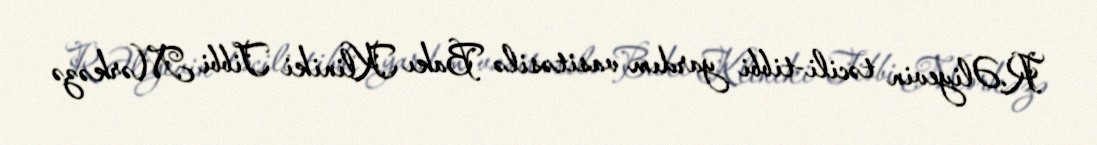
R.Əliyevin təcili-tibbi yardım vasitəsilə Bakı Kliniki Tibbi Mərkəzə